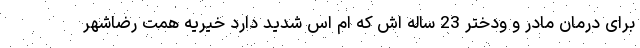
برای درمان مادر و ودختر 23 ساله اش که ام اس شدید دارد خیریه همت رضاشهر